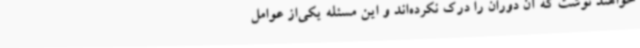
خواهند نوشت که آن دوران را درک نکرده‌اند و این مسئله یکی‌از عوامل